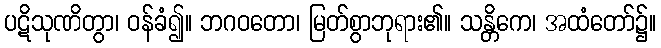
ပဋိသုဏိတွာ၊ ဝန်ခံ၍။ ဘဂဝတော၊ မြတ်စွာဘုရား၏။ သန္တိကေ၊ အထံတော်၌။